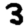
Digit: 3